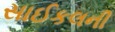
સાઈકલની